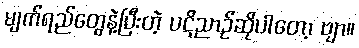
မျက်ရည်တွေနဲ့ပြီးတဲ့ ပဋိညာဉ်ဆိုပါတော့ ဗျာ။